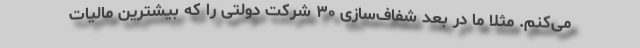
می‌کنم. مثلا ما در بعد شفاف‌سازی ۳۰ شرکت دولتی را که بیشترین مالیات